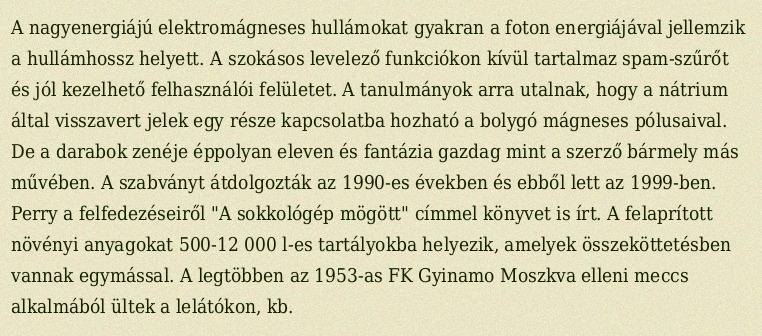
A nagyenergiájú elektromágneses hullámokat gyakran a foton energiájával jellemzik a hullámhossz helyett. A szokásos levelező funkciókon kívül tartalmaz spam-szűrőt és jól kezelhető felhasználói felületet. A tanulmányok arra utalnak, hogy a nátrium által visszavert jelek egy része kapcsolatba hozható a bolygó mágneses pólusaival. De a darabok zenéje éppolyan eleven és fantázia gazdag mint a szerző bármely más művében. A szabványt átdolgozták az 1990-es években és ebből lett az 1999-ben. Perry a felfedezéseiről "A sokkológép mögött" címmel könyvet is írt. A felaprított növényi anyagokat 500-12 000 l-es tartályokba helyezik, amelyek összeköttetésben vannak egymással. A legtöbben az 1953-as FK Gyinamo Moszkva elleni meccs alkalmából ültek a lelátókon, kb.